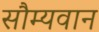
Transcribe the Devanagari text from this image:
सौम्यवान